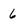
Character: 6